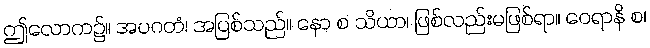
ဤလောက၌။ အပဂတံ၊ အပြစ်သည်။ နော စ သိယာ၊ ဖြစ်လည်းမဖြစ်ရာ။ ဝေရာနိ စ၊